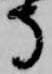
寺